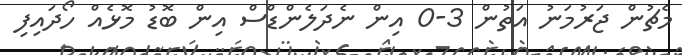
މެޗުން ޖަރުމަނު އަތުން 3-0 އިން ނެދަލެންޑްސް އިން ބޮޑު މޮޅެއް ހޯދައިފި